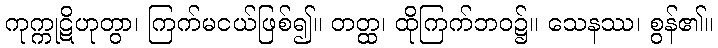
ကုက္ကုဋိဟုတွာ၊ ကြက်မငယ်ဖြစ်၍။ တတ္ထ၊ ထိုကြက်ဘဝ၌။ သေနဿ၊ စွန်၏။